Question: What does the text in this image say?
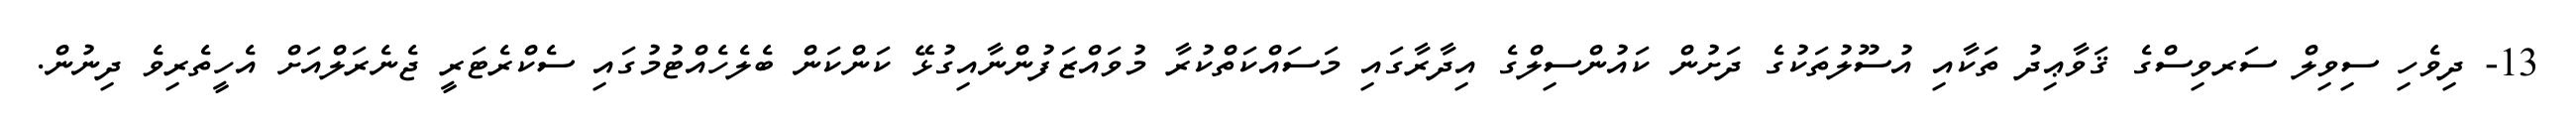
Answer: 13- ދިވެހި ސިވިލް ސަރވިސްގެ ޤަވާޢިދު ތަކާއި އުސޫލުތަކުގެ ދަށުން ކައުންސިލްގެ އިދާރާގައި މަސައްކަތްކުރާ މުވައްޒަފުންނާއިގުޅޭ ކަންކަން ބެލެހެއްޓުމުގައި ސެކްރެޓަރީ ޖެނެރަލްއަށް އެހީތެރިވެ ދިނުން.